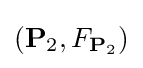
({\mathbf {P} _{2}},F_{\mathbf {P} _{2}})